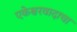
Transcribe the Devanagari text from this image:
एकेश्वरवादाचा